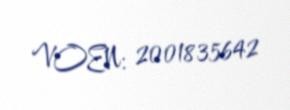
VOEN: 2001835642